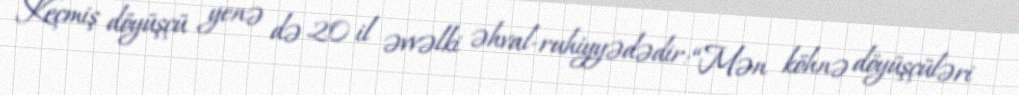
Keçmiş döyüşçü yenə də 20 il əvvəlki əhval-ruhiyyədədir: “Mən köhnə döyüşçüləri